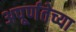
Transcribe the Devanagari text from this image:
अपूर्णतेच्या